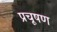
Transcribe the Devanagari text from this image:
प्रचूषण